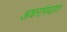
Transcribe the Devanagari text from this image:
अधरांगघात